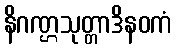
နိဂဏ္ဌသုတ္တာဒိနဝကံ